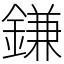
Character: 鎌